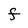
Character: F